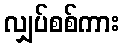
လျှပ်စစ်ကား